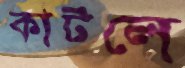
কাটলে